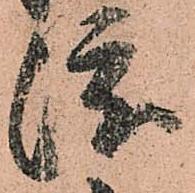
渡